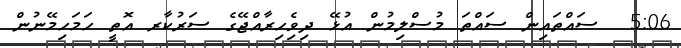
5:06  ސައްތައިން ސައްތަ މުސްލިމުން އުޅޭ ދިވެިހިރާއްޖޭގެ ސަރުކާރ އޮތީ ހަމަހިމޭނުން